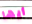
أيها